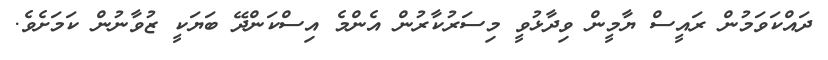
ދައްކަވަމުން ރައީސް ޔާމީން ވިދާޅުވީ މިސަރުކާރުން އެންމެ އިސްކަންދޭ ބަޔަކީ ޒުވާނުން ކަމަށެވެ.